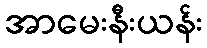
အာမေးနီးယန်း